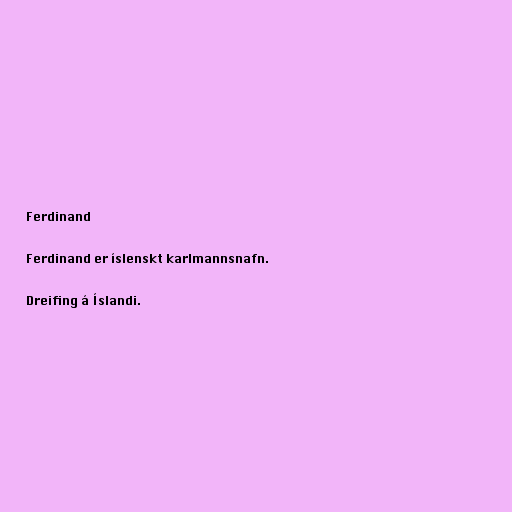
Ferdinand

Ferdinand er íslenskt karlmannsnafn.

Dreifing á Íslandi.